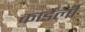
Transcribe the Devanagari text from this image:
कार्डेली